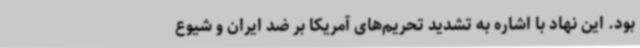
بود. این نهاد با اشاره به تشدید تحریم‌های آمریکا بر ضد ایران و شیوع